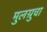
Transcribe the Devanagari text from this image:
मुलग्रुचा